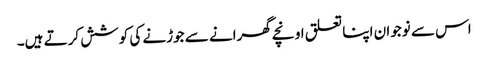
اس سے نوجوان اپنا تعلق اونچے گھرانے سے جوڑنے کی کوشش کرتے ہیں۔